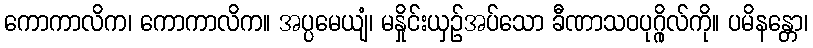
ကောကာလိက၊ ကောကာလိက။ အပ္ပမေယျံ၊ မနှိုင်းယှဉ်အပ်သော ခီဏာသဝပုဂ္ဂိုလ်ကို။ ပမိနန္တော၊